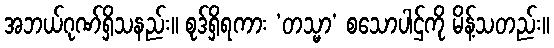
အဘယ်ဂုဏ်ရှိသနည်း။ စုဒ်ရှိရကား ‘တသ္မာ’ စသောပါဌ်ကို မိန့်သတည်း။